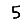
Digit: 5